Annual report on the working of the lock hospitals in the Central Provinces
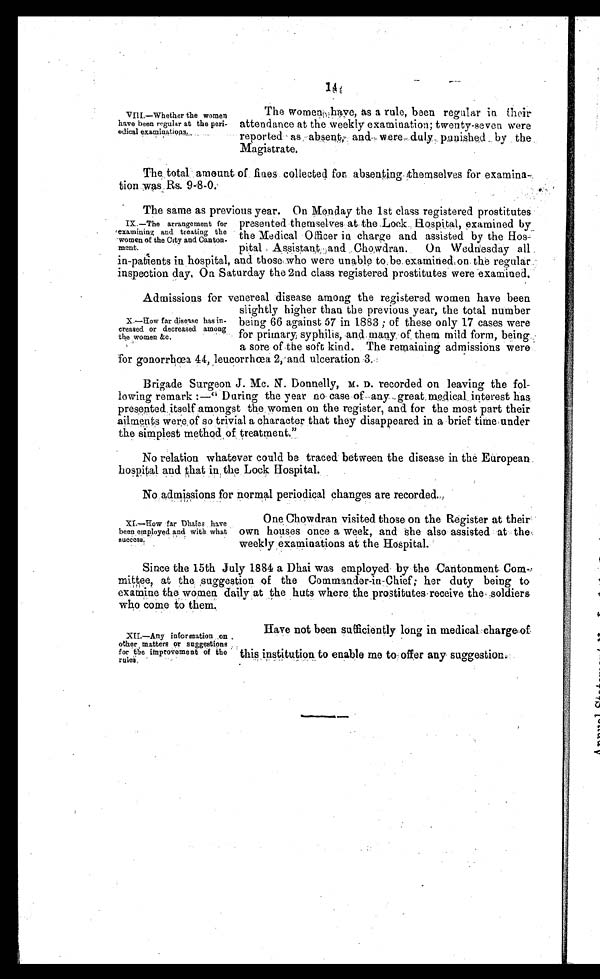
1
4
VIII.—Whether the women
have been regular at the peri-
odi cal exami nat i ons.
The women have, as a rule, been regular in their
attendance at the weekly examination; twenty-seven were
reported as absent, and were duly punished by the
Magistrate.
The total amount of fines collected for absenting themselves for examina-
tion was Rs. 9-8-0.
The same as previous year. On Monday the 1st class registered prostitutes
presented themselves at the Lock Hospital, examined by
the Medical Officer in charge and assisted by the Hos-
pital Assistant and Chowdran. On Wednesday all
in-patients in hospital, and those who were unable to be examined on the regular
inspection day. On Saturday the 2nd class registered prostitutes were examined.
Admissions for venereal disease among the registered women have been
slightly higher than the previous year, the total number
being 66 against 57 in 1883 ; of these only 17 cases were
for primary syphilis, and many of them mild form, being
a sore of the soft kind. The remaining admissions were
for gonorrhœa 44, leucorrhœa 2, and ulceration 3.
Brigade Surgeon J. Mc. N. Donnelly, M. D. recorded on leaving the fol-
lowing remark :—" During the year no case of any great medical interest has
presented itself amongst the women on the register, and for the most part their
ailments were of so trivial a character that they disappeared in a brief time under
the simplest method of treatment."
No relation whatever could be traced between the disease in the European.
hospital and that in the . Lock Hospital.
No admissions for normal periodical changes are recorded.
IX.. —The arrangement for
examining and treating the
women of the City and Canton-
ment.
X.—How far disease has in-
creased or decreased among
the women &c.
XI.—How far Dhaies have
been employed and with what
success.
One Chowdran visited those on the Register at their
own houses once a week, and she also assisted at the
weekly examinations at the Hospital.
Since the 15th July 1884 a Dhai was employed by the Cantonment Com-
mittee, at the ,suggestion of the Commander-in-Chief; her duty being to
examine the women daily at the huts where the prostitutes receive the soldiers
who come to them.
XIL—Any information on
other matters or suggestions
for the improvement of the
rules.
Have not been sufficiently long in medical chargeof
this institution to enable me to offer any suggestion.